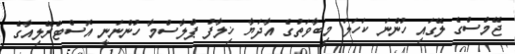
ޖޭމްސްގެ ލޭގައި ހުންނަ ކަހަލަ މިބާވަތުގެ އާދަޔާ ޚިލާފު ޕްލާސްމާ ހުންނަނީ އޮސްޓްރޭލިއާގެ